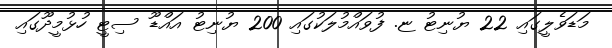
މަޑަވެލީގައި 22 ޔުނިޓު ޏ. ފުވައްމުލަކުގައި 200 ޔުނިޓު އައްޑޫ ސިޓީ ހުޅުމީދޫގައި